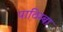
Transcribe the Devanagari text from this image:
पाठिम्बा